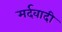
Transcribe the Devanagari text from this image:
मर्दवादी